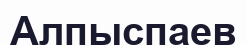
Алпыспаев